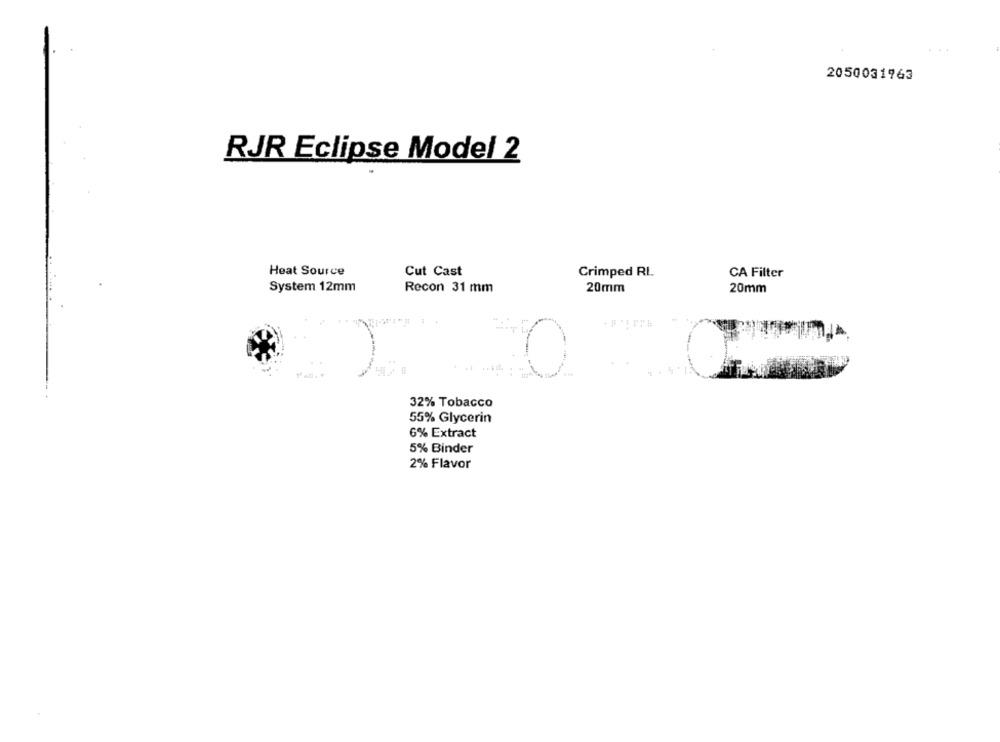
2050031963
RJR Eclipse Model 2
Heat Source
Cut Cast
Crimped RL
CA Filter
System 12mm
Recon 31 mm
20mm
20mm
0
32% Tobacco
55% Glycerin
6% Extract
5% Binder
2% Flavor